Vaccination report Assam 1896-1927 - 1896-1927
Year: 1896
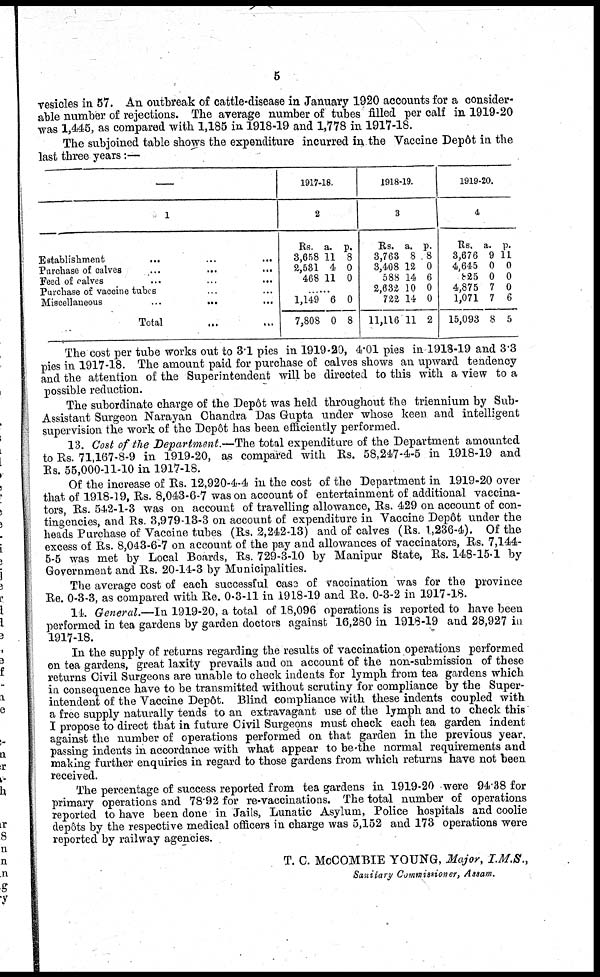
5
vesicles in 57. An outbreak of cattle-disease in January 1920 accounts for a consider-
able number of rejections. The average number of tubes filled per calf in 1919-20
was 1,445, as compared with 1,185 in 1918-19 and 1,778 in 1917-18.
The subjoined table shows the expenditure incurred in. the Vaccine Depôt in the
last three years:—
—
1
Establishment ... ... ...
Purchase of calves
...
...
...
Feed of calves ... ... ...
Purchase of vaccine tube. ... ...
Miscellaneous ... ...
Total ...
1917-18.
2
Rs.
3,658
2,531
468
a.
11
4
11
p.
8
0
0
...
1,149
7,808
6
0
0
8
1918-19.
3
Rs.
3,763
3,408
588
2,632
722
11,116
a.
8
12
14
10
14
11
p.
8
0
6
0
0
2
1919-20.
4
Rs.
3,676
4,645
825
4,875
1,071
15,093
a.
9
0
0
7
7
8
p.
11
0
0
0
6
5
The cost per tube works out to 3.1 pies in 1919-20, 4.01 pies in 1918-19 and 3.3
pies in 1917-18. The amount paid for purchase of calves shows an upward tendency
and the attention of the Superintendent will be directed to this with a view to a
possible reduction.
The subordinate charge of the Depôt was held throughout the triennium by Sub-
Assistant Surgeon Narayan Chandra Das Gupta under whose keen and intelligent
supervision the work of the Depôt has been efficiently performed.
13. Cost of the Department.—The total expenditure of the Department amounted
to Rs. 71,167-8-9 in 1919-20, as compared with Rs. 58,247-4-5 in 1918-19 and
Rs. 55,000-11-10 in 1917-18.
Of the increase of Rs. 12,920-4-4 in the cost of the Department in 1919-20 over
that of 1918-19, Rs. 8,043-6-7 was on account of entertainment of additional vaccina-
tors, Rs. 542-1-3 was on account of travelling allowance, Rs. 429 on account of con-
tingencies, and Rs. 3,979-13-3 on account of expenditure in Vaccine Depôt under the
heads Purchase of Vaccine tubes (Rs. 2,242-13) and of calves (Rs. 1,236-4). Of the
excess of Rs. 8,043-6-7 on account of the pay and allowances of vaccinators, Rs. 7,144-
5-5 was met by Local Boards, Rs. 729-3-10 by Manipur State, Rs. 148-15-1 by
Government and Rs. 20-14-3 by Municipalities.
The average cost of each successful case of vaccination was for the province
Re. 0-3-3, as compared with Re. 0-3-11 in 1918-19 and Re. 0-3-2 in 1917-18.
14. General.—In 1919-20, a total of 18,096 operations is reported to have been
performed in tea gardens by garden doctors against 16,280 in 1918-19 and 28,927 in
1917-18.
In the supply of returns regarding the results of vaccination operations performed
on tea gardens, great laxity prevails and on account of the non-submission of these
returns Civil Surgeons are unable to check indents for lymph from tea gardens which
in consequence have to be transmitted without scrutiny for compliance by the Super-
intendent of the Vaccine Depôt. Blind compliance with these indents coupled with
a free supply naturally tends to an extravagant use of the lymph and to check this
I propose to direct that in future Civil Surgeons must check each tea garden indent
against the number of operations performed on that garden in the previous year.
passing indents in accordance with what appear to be the normal requirements and
making further enquiries in regard to those gardens from which returns have not been
received.
The percentage of success reported from tea gardens in 1919-20 were 94.38 for
primary operations and 78.92 for re-vaccinations. The total number of operations
reported to have been done in Jails, Lunatic Asylum, Police hospitals and coolie
depôts by the respective medical officers in charge was 5,152 and 173 operations were
reported by railway agencies.
T. C. McCOMBIE YOUNG, Major, I.M.S.,
Sanitary Commissioner, Assam.